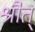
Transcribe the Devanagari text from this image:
श्रौत्